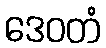
ဒေဝတံ